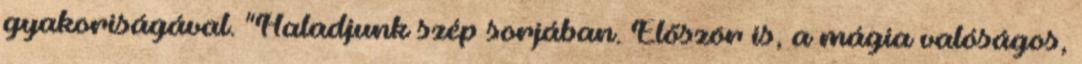
gyakoriságával. "Haladjunk szép sorjában. Először is, a mágia valóságos,